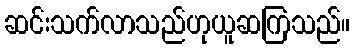
ဆင်းသက်လာသည်ဟုယူဆကြသည်။